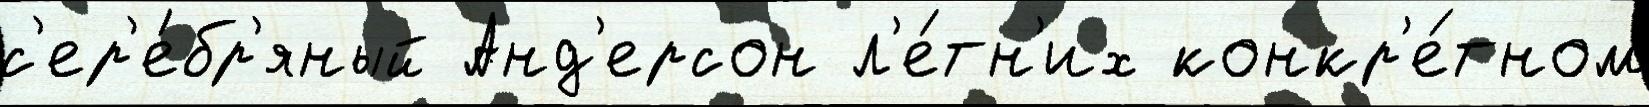
с'ер'е́бр'яный Анд'ерсон л'е́тн'их конкр'е́тном